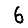
Digit: 6